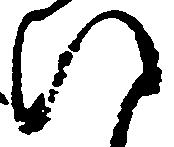
ひ